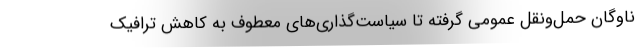
ناوگان حمل‌ونقل عمومی گرفته تا سیاست‌گذاری‌های معطوف به کاهش ترافیک